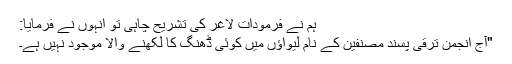
ہم نے فرمودات لاغر کی تشریح چاہی تو انہوں نے فرمایا:
"آج انجمن ترقی پسند مصنفین کے نام لیواؤں میں کوئی ڈھنگ کا لکھنے والا موجود نہیں ہے۔